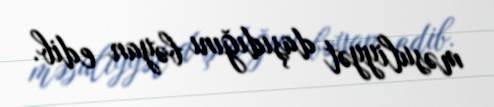
məsuliyyət daşıdığını bəyan edib.